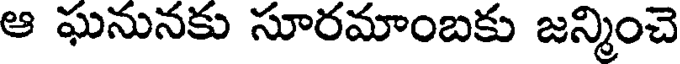
ఆ ఘనునకు సూరమాంబకు జన్మించె